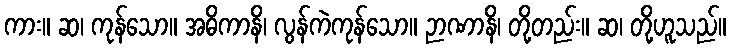
ကား။ ဆ၊ ကုန်သော။ အဓိကာနိ၊ လွန်ကဲကုန်သော။ ဉာဏာနိ၊ တို့တည်း။ ဆ၊ တို့ဟူသည်။